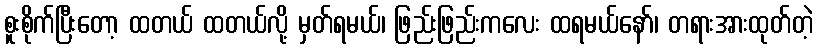
စူးစိုက်ပြီးတော့ ထတယ် ထတယ်လို့ မှတ်ရမယ်၊ ဖြည်းဖြည်းကလေး ထရမယ်နော်၊ တရားအားထုတ်တဲ့